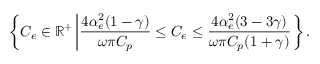
\left\{ C _ { e } \in \mathbb { R } ^ { + } \left| \frac { 4 \alpha _ { e } ^ { 2 } ( 1 - \gamma ) } { \omega \pi C _ { p } } \le C _ { e } \le \frac { 4 \alpha _ { e } ^ { 2 } ( 3 - 3 \gamma ) } { \omega \pi C _ { p } ( 1 + \gamma ) } \right. \right\} .